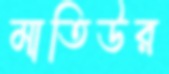
মাতিউর